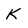
Character: K